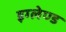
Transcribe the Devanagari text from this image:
इग्‍लेण्‍ड